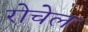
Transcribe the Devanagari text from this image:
रोचेल